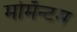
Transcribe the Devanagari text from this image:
मोमॅन्टम